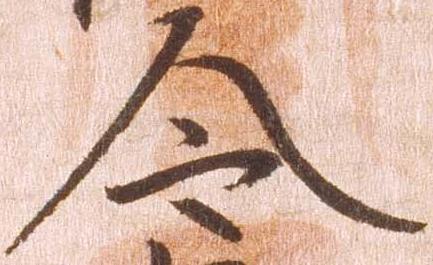
令